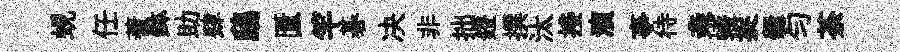
蜆任蓍鉢助肆鴟匱竿碁决非拙鐙撰汰接演亊待亲蠖捉爨匀荼